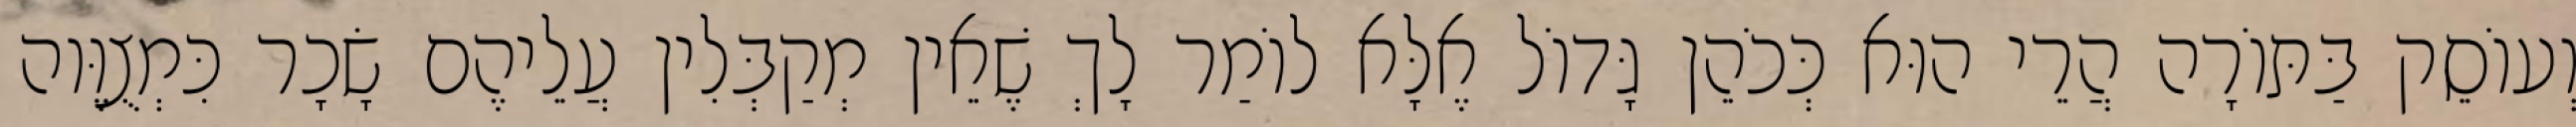
וְעוֹסֵק בַּתּוֹרָה הֲרֵי הוּא כְּכֹהֵן גָּדוֹל אֶלָּא לוֹמַר לָךְ שֶׁאֵין מְקַבְּלִין עֲלֵיהֶם שָׂכָר כִּמְצֻוֶּוה